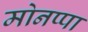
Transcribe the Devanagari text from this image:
मोनप्पा